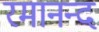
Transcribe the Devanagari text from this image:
रमानन्द